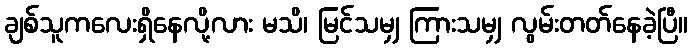
ချစ်သူကလေးရှိနေလို့လား မသိ၊ မြင်သမျှ ကြားသမျှ လွမ်းတတ်နေခဲ့ပြီ။